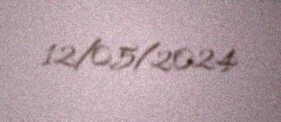
12/05/2024